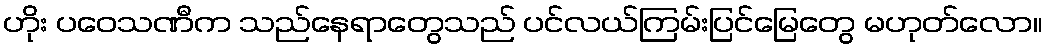
ဟိုး ပဝေသဏီက သည်နေရာတွေသည် ပင်လယ်ကြမ်းပြင်မြေတွေ မဟုတ်လော။